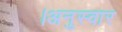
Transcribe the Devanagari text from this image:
।अनुस्वार